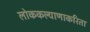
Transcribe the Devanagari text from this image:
लोककल्याणाकरिता